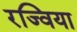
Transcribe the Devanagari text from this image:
रज्विया